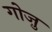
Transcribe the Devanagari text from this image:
गोज़ु